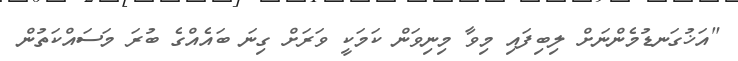
"އަޚުގަނޑުމެންނަށް ލިބިފައި މިވާ މިނިވަން ކަމަކީ ވަރަށް ގިނަ ބައެއްގެ ބުރަ މަސައްކަތުން